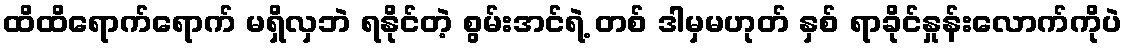
ထိထိရောက်ရောက် မရှိလှဘဲ ရနိုင်တဲ့ စွမ်းအင်ရဲ့ တစ် ဒါမှမဟုတ် နှစ် ရာခိုင်နှုန်းလောက်ကိုပဲ